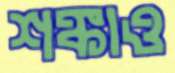
শঙ্কাও